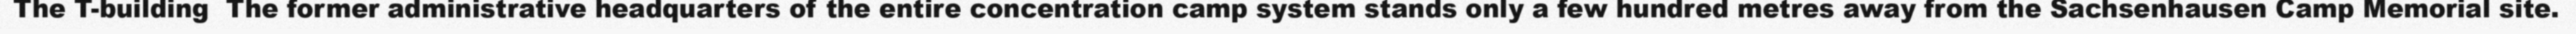
The T-building  The former administrative headquarters of the entire concentration camp system stands only a few hundred metres away from the Sachsenhausen Camp Memorial site.